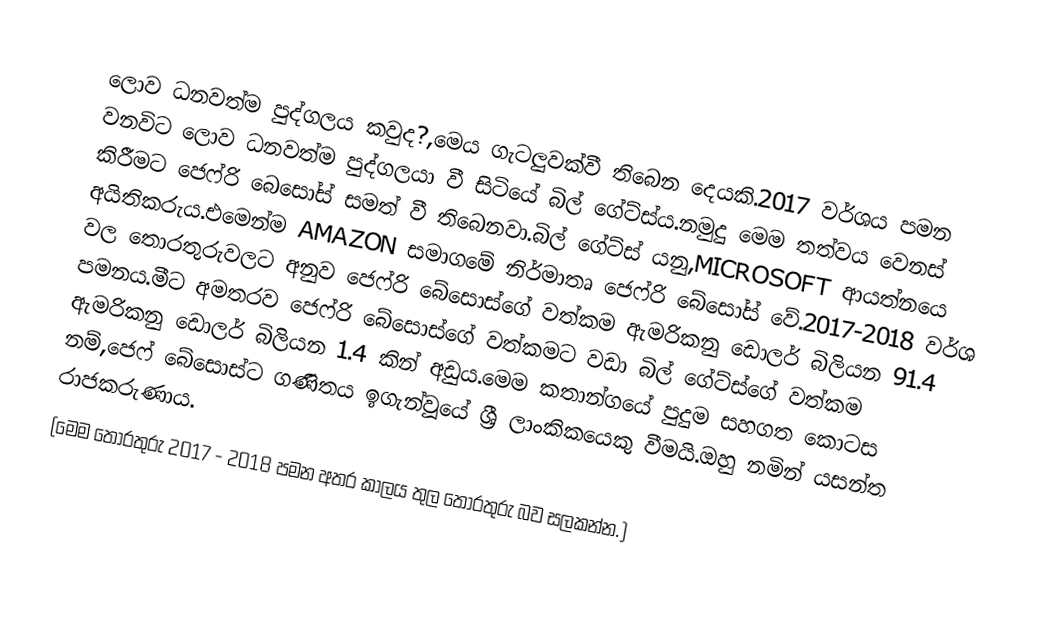
ලොව ධනවත්ම පුද්ගලය කවුද?,මෙ‍ය ගැටලුවක්වී තිබෙන දෙයකි.2017 වර්ශය පමන වනවිට ලොව ධනවත්ම පුද්ගලයා වී සිටියේ බිල් ගේට්ස්ය.නමුදු මෙම තත්වය වෙනස් කිරීමට ජෙෆ්රි බෙසෝස් සමත් වී තිබෙනවා.බිල් ගේට්ස් යනු,MICROSOFT ආයත්නයෙ අයිතිකරුය.එමෙන්ම AMAZON සමාගමේ නිර්මාතෘ ජෙෆ්රි බේසෝස් වේ.2017-2018 වර්ශ වල තොරතුරුවලට අනුව ජෙෆ්රි බේසොස්ගේ වත්කම ඇමරිකනු ඩොලර් බිලියන 91.4 පමනය.මීට අමතරව ජෙෆ්රි බේසොස්ගේ වත්කමට වඩා බිල් ගේට්ස්ගේ වත්කම ඇමරිකනු ඩොලර් බිලියන 1.4 කින් අඩුය.මෙම කතාන්ගයේ පුදුම සහගත කොටස නම්,ජෙෆ් බේසොස්ට ගණිතය ඉගැන්වූයේ ශ්‍රී ලාංකිකයෙකු වීමයි.ඔහු නමින් යසන්ත රාජකරුණාය.
(මෙම තොරතුරු 2017 - 2018 පමන අතර කාලය තුල තොරතුරු බව සලකන්න.)